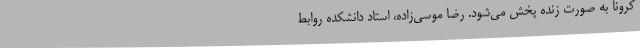
کرونا به صورت زنده پخش می‌شود. رضا موسی‌زاده، استاد دانشکده روابط